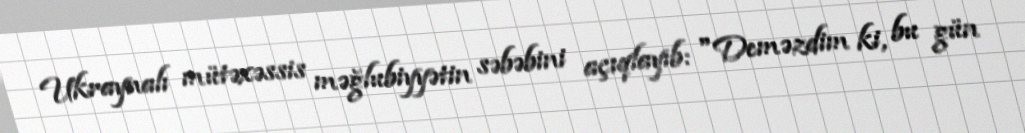
Ukraynalı mütəxəssis məğlubiyyətin səbəbini açıqlayıb: "Deməzdim ki, bu gün